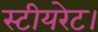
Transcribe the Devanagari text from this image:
स्टीयरेट।